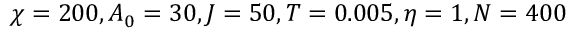
\chi = 2 0 0 , A _ { 0 } = 3 0 , J = 5 0 , T = 0 . 0 0 5 , \eta = 1 , N = 4 0 0